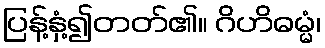
ပြန့်နှံ့၍တတ်၏။ ဂိဟိဓမ္မံ၊